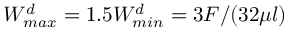
\begin{array} { r } { W _ { m a x } ^ { d } = 1 . 5 W _ { m i n } ^ { d } = 3 F / ( 3 2 \mu l ) } \end{array}